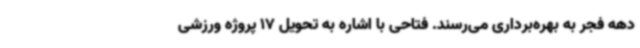
دهه فجر به بهره‌برداری می‌رسند. فتاحی با اشاره به تحویل 17 پروژه ورزشی